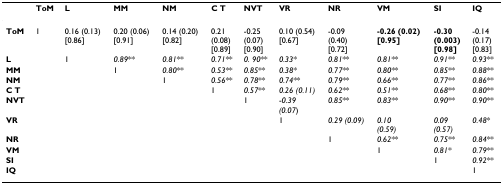
<table><thead><tr><td></td><td><b>ToM</b></td><td><b>L</b></td><td><b>MM</b></td><td><b>NM</b></td><td><b>C T</b></td><td><b>NVT</b></td><td><b>VR</b></td><td><b>NR</b></td><td><b>VM</b></td><td><b>SI</b></td><td><b>IQ</b></td></tr></thead><tbody><tr><td><b>ToM</b></td><td>1</td><td>0.16 (0.13)[0.86]</td><td>0.20 (0.06)[0.91]</td><td>0.14 (0.20)[0.82]</td><td>0.21(0.08)[0.89]</td><td>-0.25(0.07)[0.90]</td><td>0.10 (0.54)[0.67]</td><td>-0.09(0.40)[0.72]</td><td><b>-0.26 (0.02)</b><b>[0.95]</b></td><td><b>-0.30</b><b>(0.003)</b><b>[0.98]</b></td><td>-0.14(0.17)[0.83]</td></tr><tr><td><b>L</b></td><td></td><td>1</td><td><i>0.89</i>**</td><td><i>0.81</i>**</td><td><i>0.71</i>**</td><td><i>0. 90</i>**</td><td><i>0.33</i>*</td><td><i>0.81</i>**</td><td><i>0.81</i>**</td><td><i>0.91</i>**</td><td><i>0.93</i>**</td></tr><tr><td><b>MM</b></td><td></td><td></td><td>1</td><td><i>0.80</i>**</td><td><i>0.53</i>**</td><td><i>0.85</i>**</td><td><i>0.38</i>*</td><td><i>0.77</i>**</td><td><i>0.80</i>**</td><td><i>0.85</i>**</td><td><i>0.88</i>**</td></tr><tr><td><b>NM</b></td><td></td><td></td><td></td><td>1</td><td><i>0.56</i>**</td><td><i>0.78</i>**</td><td><i>0.74</i>**</td><td><i>0.79</i>**</td><td><i>0.66</i>**</td><td><i>0.77</i>**</td><td><i>0.86</i>**</td></tr><tr><td><b>C T</b></td><td></td><td></td><td></td><td></td><td>1</td><td><i>0.57</i>**</td><td><i>0.26 (0.11)</i></td><td><i>0.62</i>**</td><td><i>0.51</i>**</td><td><i>0.68</i>**</td><td><i>0.80</i>**</td></tr><tr><td><b>NVT</b></td><td></td><td></td><td></td><td></td><td></td><td>1</td><td>-<i>0.39</i><i>(0.07</i>)</td><td><i>0.85</i>**</td><td><i>0.83</i>**</td><td><i>0.90</i>**</td><td><i>0.90</i>**</td></tr><tr><td><b>VR</b></td><td></td><td></td><td></td><td></td><td></td><td></td><td>1</td><td><i>0.29 (0.09)</i></td><td><i>0.10</i><i>(0.59)</i></td><td><i>0.09</i><i>(0.57)</i></td><td><i>0.48</i>*</td></tr><tr><td><b>NR</b></td><td></td><td></td><td></td><td></td><td></td><td></td><td></td><td>1</td><td><i>0.62</i>**</td><td><i>0.75</i>**</td><td><i>0.84</i>**</td></tr><tr><td><b>VM</b></td><td></td><td></td><td></td><td></td><td></td><td></td><td></td><td></td><td>1</td><td><i>0.81</i>*</td><td><i>0.79</i>**</td></tr><tr><td><b>SI</b></td><td></td><td></td><td></td><td></td><td></td><td></td><td></td><td></td><td></td><td>1</td><td><i>0.92</i>**</td></tr><tr><td><b>IQ</b></td><td></td><td></td><td></td><td></td><td></td><td></td><td></td><td></td><td></td><td></td><td>1</td></tr></tbody></table>